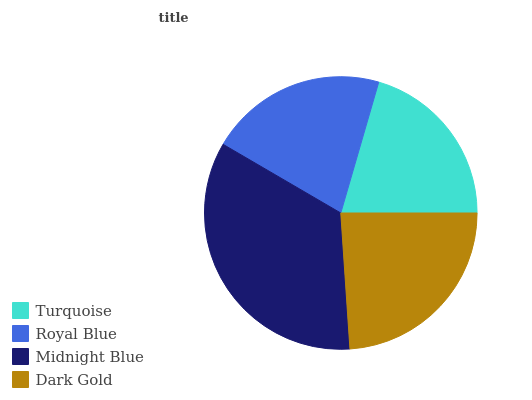
| Turquoise | Royal Blue | Midnight Blue | Dark Gold |
 | --- | --- | --- | --- |
 | 20.5% | 21% | 34.6% | 23.9% |